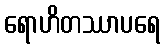
ရောဟိတဿာပရေ